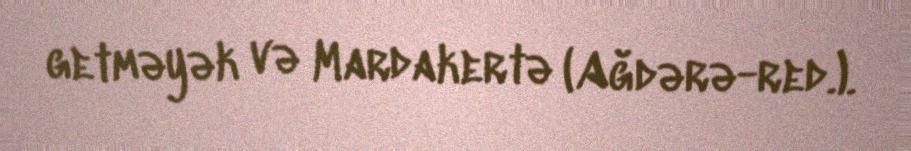
getməyək və Mardakertə (Ağdərə-red.).